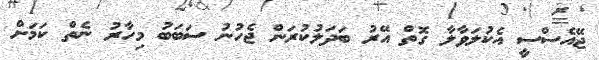
ޖޭއެސްސީ އެކުލަވާލާ ގޮތް އޭރު ބަދަލުކުރަން ޖެހުނު ސަބަބު މިހާރު ނެތް ކަމަށް